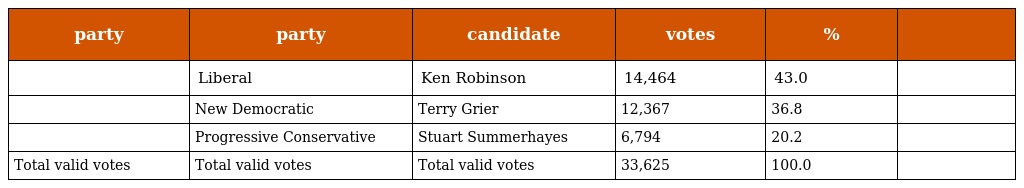
| party | party | candidate | votes | % |  |
 | --- | --- | --- | --- | --- | --- |
 |  | Liberal | Ken Robinson | 14,464 | 43.0 |  |
 |  | New Democratic | Terry Grier | 12,367 | 36.8 |  |
 |  | Progressive Conservative | Stuart Summerhayes | 6,794 | 20.2 |  |
 | Total valid votes | Total valid votes | Total valid votes | 33,625 | 100.0 |  |